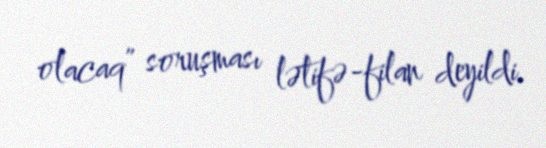
olacaq” soruşması lətifə-filan deyildi.